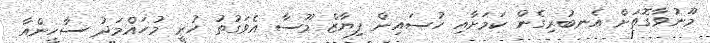
މޫނުވާގޮތަށް އެނބުރިގެން ކަމަށާއި ހުސައިން ފިޔާޒް މޫސާ އެވަގުތު ހުރީ މުހައްމަދު ސާހީންއާ